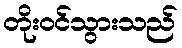
တိုးဝင်သွားသည်